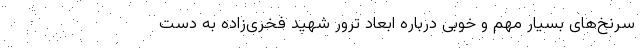
سرنخ‌های بسیار مهم و خوبی درباره ابعاد ترور شهید فخری‌زاده به دست